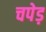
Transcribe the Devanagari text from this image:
चपेड़